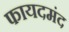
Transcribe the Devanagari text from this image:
फायदमंद